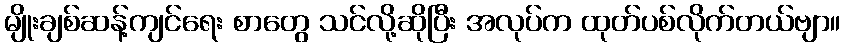
မျိုးချစ်ဆန့်ကျင်ရေး စာတွေ သင်လို့ဆိုပြီး အလုပ်က ထုတ်ပစ်လိုက်တယ်ဗျာ။